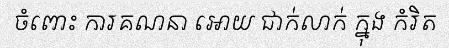
ចំពោះ ការគណនា អោយ ជាក់លាក់ ក្នុង កំរិត